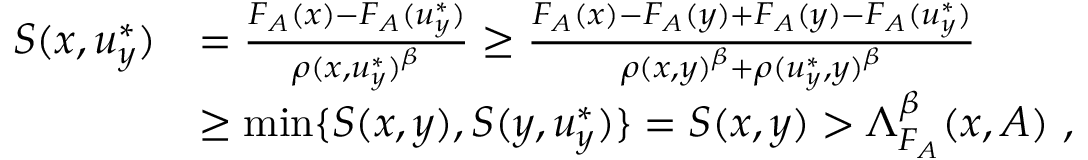
\begin{array} { r l } { S ( x , u _ { y } ^ { * } ) } & { = \frac { F _ { A } ( x ) - F _ { A } ( u _ { y } ^ { * } ) } { \rho ( x , u _ { y } ^ { * } ) ^ { \beta } } \geq \frac { F _ { A } ( x ) - F _ { A } ( y ) + F _ { A } ( y ) - F _ { A } ( u _ { y } ^ { * } ) } { \rho ( x , y ) ^ { \beta } + \rho ( u _ { y } ^ { * } , y ) ^ { \beta } } } \\ & { \geq \operatorname* { m i n } \{ S ( x , y ) , S ( y , u _ { y } ^ { * } ) \} = S ( x , y ) > \Lambda _ { F _ { A } } ^ { \beta } ( x , A ) ~ , } \end{array}